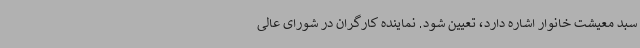
سبد معیشت خانوار اشاره دارد، تعیین شود. نماینده کارگران در شورای عالی